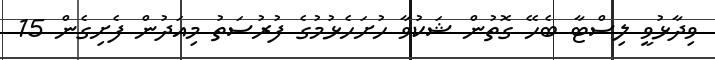
ވިދާޅުވީ ލިސްޓާ ބެހޭ ގޮތުން ޝަކުވާ ހުށަހެޅުމުގެ ފުރުސަތު މިއަދުން ފެށިގެން 15